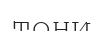
тони